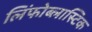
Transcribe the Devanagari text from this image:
लिंफोब्लास्टिक